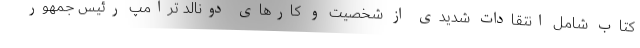
کتاب شامل انتقادات شدیدی از شخصیت و کارهای دونالد ترامپ رئیس جمهور